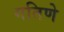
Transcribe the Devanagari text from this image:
गतिणे